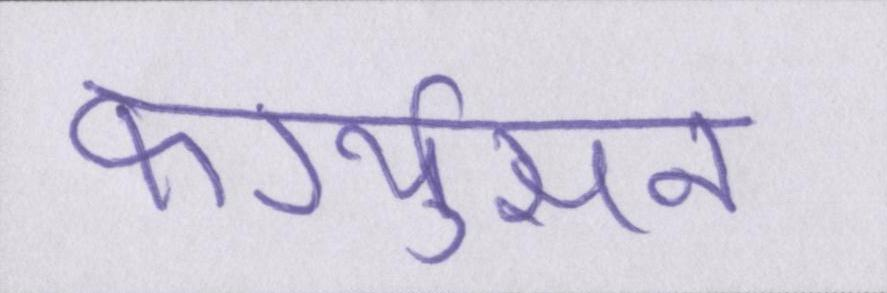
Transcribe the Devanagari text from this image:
फर्ग्युसन